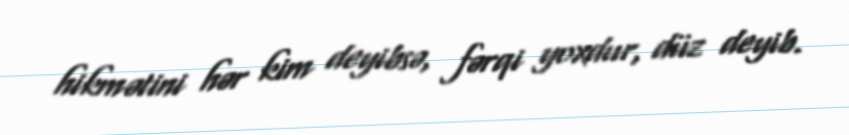
hikmətini hər kim deyibsə, fərqi yoxdur, düz deyib.